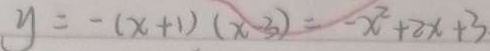
y = - ( x + 1 ) ( x - 3 ) = - x ^ { 2 } + 2 x + 3